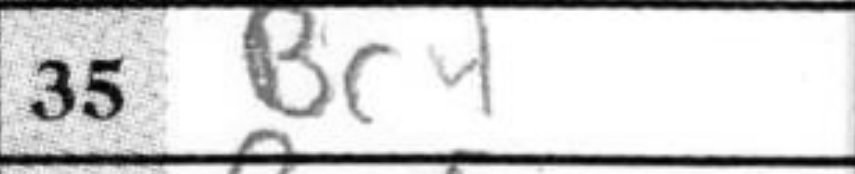
Transcription: Bc4